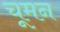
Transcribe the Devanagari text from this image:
चूमन